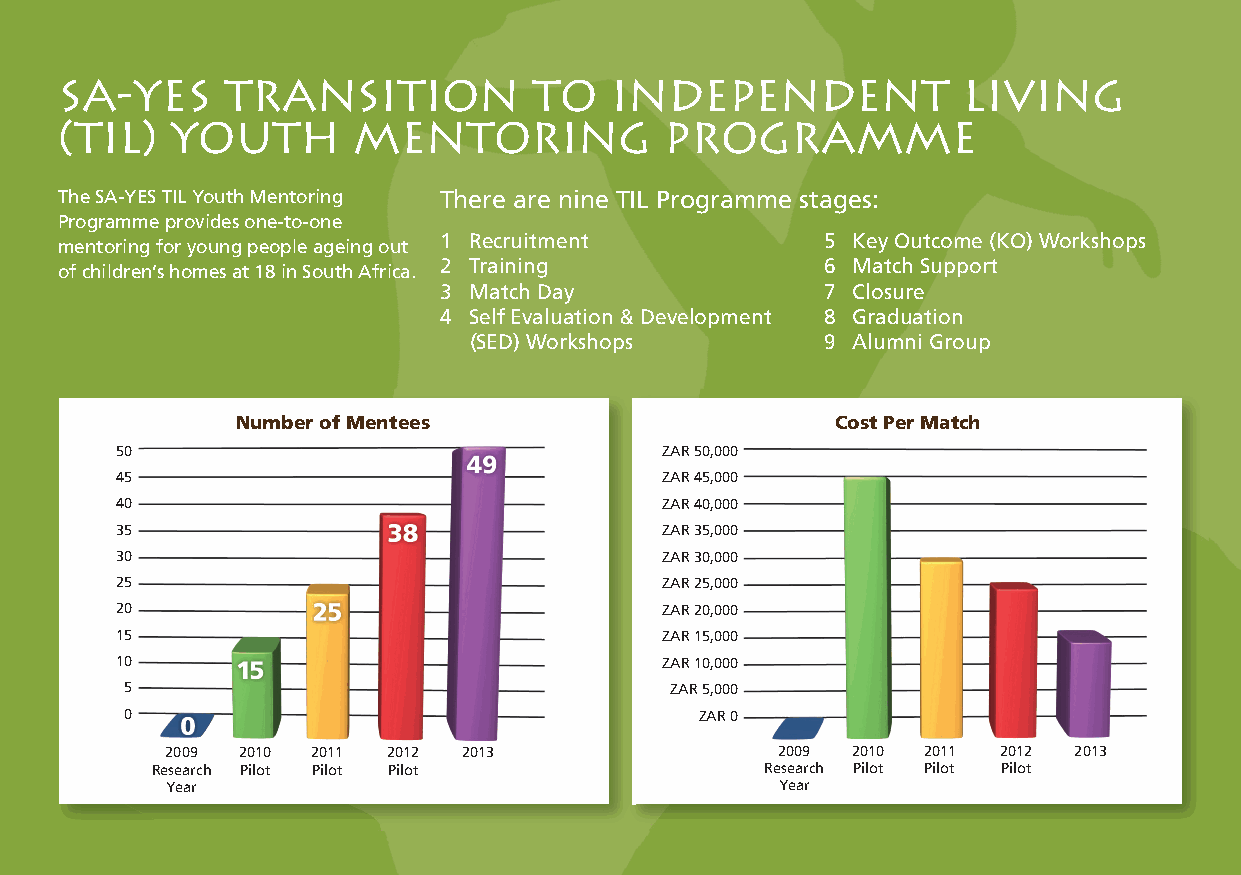
SA-YES     Transition          to   Independent             Living
 (TIL)  Youth       Mentoring            Programme
 The SA-YES TIL Youth Mentoring There are nine TIL Programme stages:
 Programme provides one-to-one
 1 Recruitment            5 Key Outcome (KO) Workshops
 mentoring for young people ageing out
 2 Training               6 Match Support
 of children’s homes at 18 in South Africa.
 3 Match Day              7 Closure
 4 Self Evaluation & Development 8 Graduation
 (SED) Workshops        9 Alumni Group
 Number of Mentees                      Cost Per Match
 50                                  ZAR 50,000
 45                                  ZAR 45,000
 40                                  ZAR 40,000
 35                                  ZAR 35,000
 30                                  ZAR 30,000
 25                                  ZAR 25,000
 20                                  ZAR 20,000
 15                                  ZAR 15,000
 10                                  ZAR 10,000
 5                                   ZAR 5,000
 0                                     ZAR 0
 2009 2010 2011 2012 2013                2009 2010 2011 2012 2013
 Research Pilot Pilot Pilot               Research Pilot Pilot Pilot
 Year                                     Year